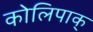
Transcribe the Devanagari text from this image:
कोलिपाक्